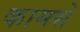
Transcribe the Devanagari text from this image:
कामसे